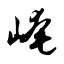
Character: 崦